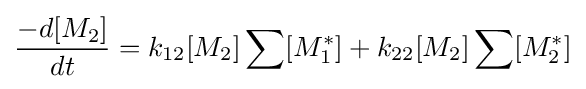
{\frac {-d[M_{2}]}{dt}}=k_{12}[M_{2}]\sum [M_{1}^{*}]+k_{22}[M_{2}]\sum [M_{2}^{*}]